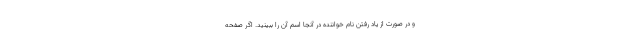
و در صورت از یاد رفتن نام خواننده در آنجا اسم آن را ببینید. اگر صفحه